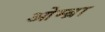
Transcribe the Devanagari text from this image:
ओम्ब्रा